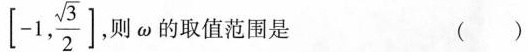
$$\left[-1, \frac{\sqrt{3}}{2}\right]$$，则ω的取值范围是 ()